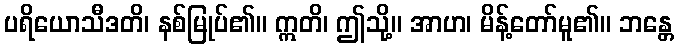
ပရိယောသီဒတိ၊ နစ်မြုပ်၏။ ဣတိ၊ ဤသို့။ အာဟ၊ မိန့်တော်မူ၏။ ဘန္တေ